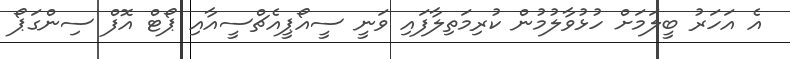
އެ އަހަރު ބީލަމަށް ހުޅުވާލުމުން ކުރިމަތިލާފައި ވަނީ ސީއޯޕީއެޗްސީއާއި ޕޯޓް އޮފް ސިންގަޕޯ